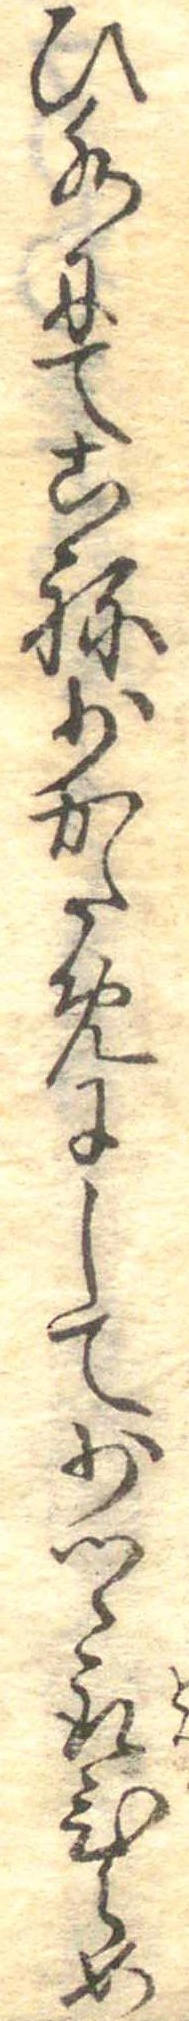
ひ水にてこね少かためにして少つゝ取ひらめ